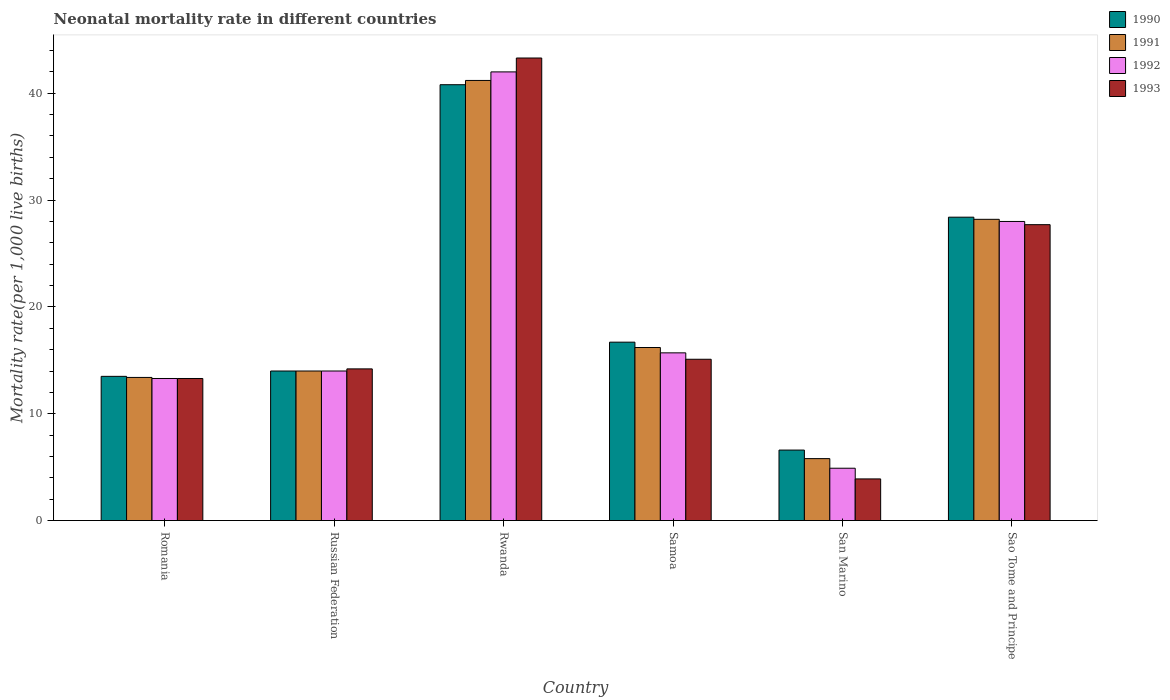
| Country | 1990 | 1991 | 1992 | 1993 |
 | --- | --- | --- | --- | --- |
 | Romania | 13.5 | 13.4 | 13.3 | 13.3 |
 | Russian Federation | 14 | 14 | 14 | 14.2 |
 | Rwanda | 40.8 | 41.2 | 42 | 43.3 |
 | Samoa | 16.7 | 16.2 | 15.7 | 15.1 |
 | San Marino | 6.6 | 5.8 | 4.9 | 3.9 |
 | Sao Tome and Principe | 28.4 | 28.2 | 28 | 27.7 |